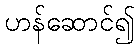
ဟန်ဆောင်၍